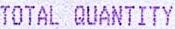
TOTAL QUANTITY